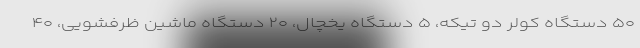
۵۰ دستگاه کولر دو تیکه، ۵ دستگاه یخچال، ۲۰ دستگاه ماشین ظرفشویی، ۴۰